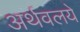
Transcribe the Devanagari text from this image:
अर्थवलये